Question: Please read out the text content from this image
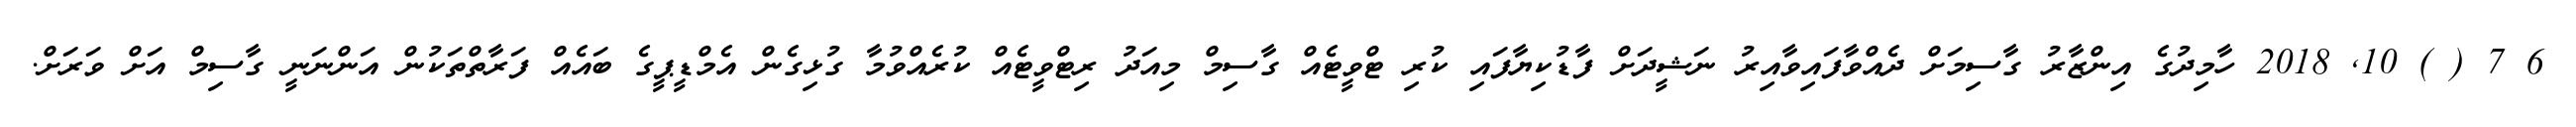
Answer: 6 7 ( ) 10, 2018 ހާމިދުގެ އިންޒާރު ގާސިމަށް ދެއްވާފައިވާއިރު ނަޝީދަށް ފާޑުކިޔާފައި ކުރި ޓްވީޓެއް ގާސިމް މިއަދު ރިޓްވީޓެއް ކުރެއްވުމާ ގުޅިގެން އެމްޑީޕީގެ ބައެއް ފަރާތްތަކުން އަންނަނީ ގާސިމް އަށް ވަރަށް.